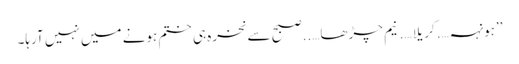
’’ہونہہ….کریلا….نیم چڑھا…..صبح سے نخرہ ہی ختم ہونے میں نہیں آرہا۔